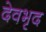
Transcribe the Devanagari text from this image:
देवभृद